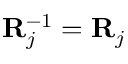
\mathbf { R } _ { j } ^ { - 1 } = \mathbf { R } _ { j }